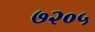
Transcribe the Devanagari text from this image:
७२०५